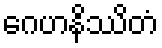
ဂေဟနိဿိတံ